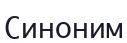
Синоним